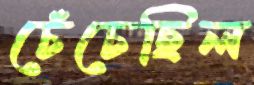
চেঁচেছিল